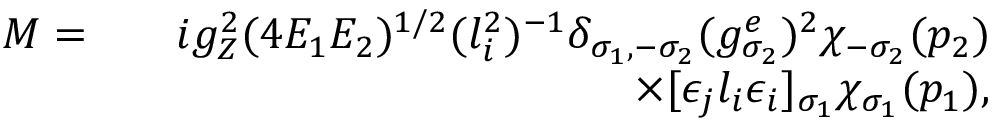
\begin{array} { r l r } { { \cal M } = } & { } & { i g _ { Z } ^ { 2 } ( 4 E _ { 1 } E _ { 2 } ) ^ { 1 / 2 } ( l _ { i } ^ { 2 } ) ^ { - 1 } \delta _ { \sigma _ { 1 } , - \sigma _ { 2 } } ( g _ { \sigma _ { 2 } } ^ { e } ) ^ { 2 } \chi _ { - \sigma _ { 2 } } ( p _ { 2 } ) } \\ & { } & { \times [ \epsilon _ { j } l _ { i } \epsilon _ { i } ] _ { \sigma _ { 1 } } \chi _ { \sigma _ { 1 } } ( p _ { 1 } ) , } \end{array}